Scottish Leaving Certificate Examination, 1961
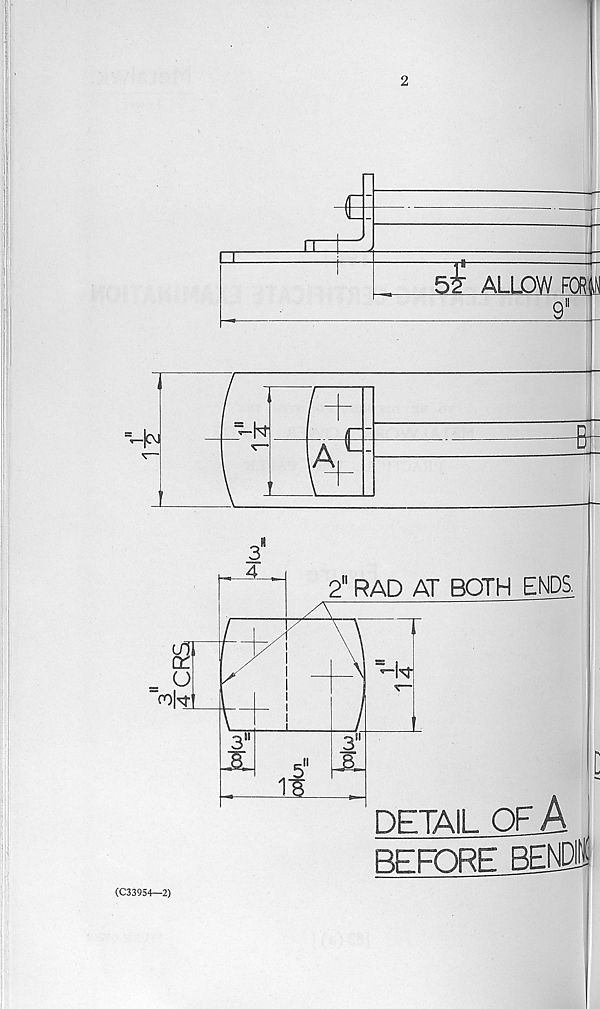
€
IT
sjr ALLOW fqrIn
_9
=^|CVJ
A
2" RAD AT BOTH ENDS
DETAIL OFA
BEFORE BENDi
(C33954-2)